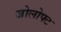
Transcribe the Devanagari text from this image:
जोलोफ्ट